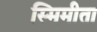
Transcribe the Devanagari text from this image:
स्मिमीता